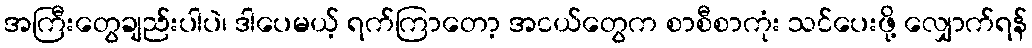
အကြီးတွေချည်းပါပဲ၊ ဒါပေမယ့် ရက်ကြာတော့ အငယ်တွေက စာစီစာကုံး သင်ပေးဖို့ လျှောက်ရန်